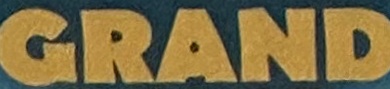
RAND